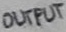
Text: OUTPUT